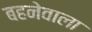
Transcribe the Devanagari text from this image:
बहनेवाला